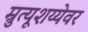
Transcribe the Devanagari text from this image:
म्रुत्यूशय्येवर